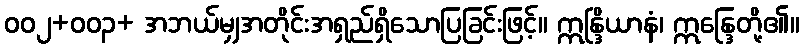
ဝဝ၂+ဝဝ၃+ အဘယ်မျှအတိုင်းအရှည်ရှိသောပြခြင်းဖြင့်။ ဣန္ဒြိယာနံ၊ ဣန္ဒြေတို့၏။